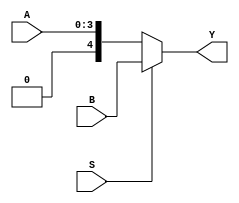
// (c) Aldec, Inc.
// All rights reserved.
//
// $Revision: 92945 $

`timescale 1ps / 1ps

// Verilog Model of 2 to 1 Multiplexer with 5 bits output.
// Input A is 4-bits, input B is 5-bits
module MUX (A, B, Y, S);
input  [3:0]A;
input  [4:0]B;
output [4:0]Y;
input  S;

assign    Y = (S == 1'b1) ? B : { 1'b0, A };    // bits concatenation

endmodule